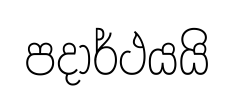
පදාර්ථයයි